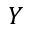
Y